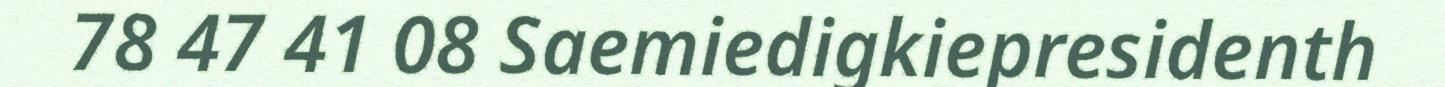
78 47 41 08 Saemiedigkiepresidenth